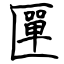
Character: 匰